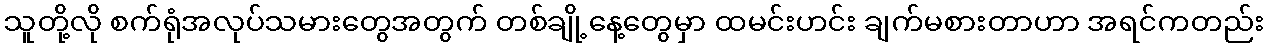
သူတို့လို စက်ရုံအလုပ်သမားတွေအတွက် တစ်ချို့နေ့တွေမှာ ထမင်းဟင်း ချက်မစားတာဟာ အရင်ကတည်း